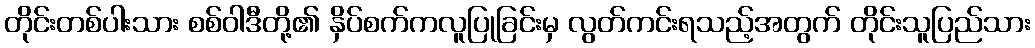
တိုင်းတစ်ပါးသား စစ်ဝါဒီတို့၏ နှိပ်စက်ကလူပြုခြင်းမှ လွတ်ကင်းရသည့်အတွက် တိုင်းသူပြည်သား